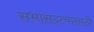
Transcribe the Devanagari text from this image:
सभासदत्वासाठी